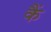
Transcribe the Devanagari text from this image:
कैं